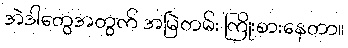
အဲဒါတွေအတွက် အမြဲတမ်း ကြိုးစားနေတာ။